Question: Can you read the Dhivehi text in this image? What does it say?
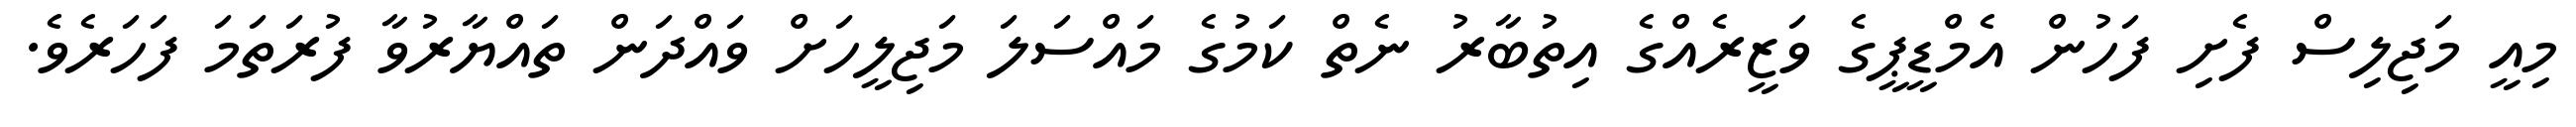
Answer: މިއީ މަޖިލިސް ފެށި ފަހުން އެމްޑީޕީގެ ވަޒީރެއްގެ އިތުބާރު ނެތް ކަމުގެ މައްސަލަ މަޖިލީހަށް ވައްދަން ތައްޔާރުވާ ފުރަތަމަ ފަހަރެވެ.